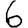
Digit: 6